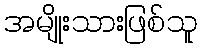
အမျိုးသားဖြစ်သူ